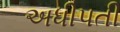
અધીપતી